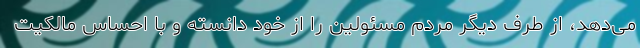
می‌دهد، از طرف دیگر مردم مسئولین را از خود دانسته و با احساس مالکیت